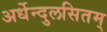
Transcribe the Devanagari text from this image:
अर्धेन्दुलसितम्